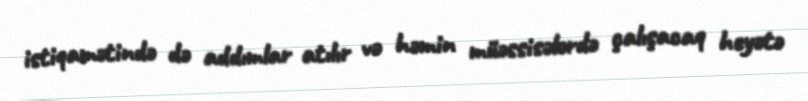
istiqamətində də addımlar atılır və həmin müəssisələrdə çalışacaq heyətə